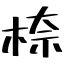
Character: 㮈